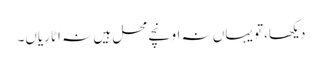
دیکھا،تو یہاں نہ اونچے محل ہیں نہ اٹاریاں۔